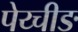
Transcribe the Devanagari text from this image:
पेय्चीङ